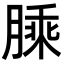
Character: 𦟇